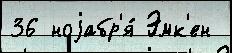
36 ноjабр'я́ Эмк'ен